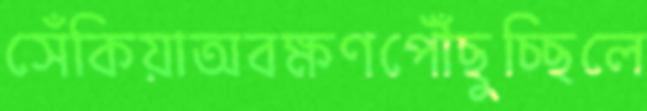
সেঁকিয়াঅবক্ষণপৌঁছুচ্ছিলে